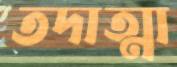
তদাত্মা